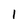
Character: 1